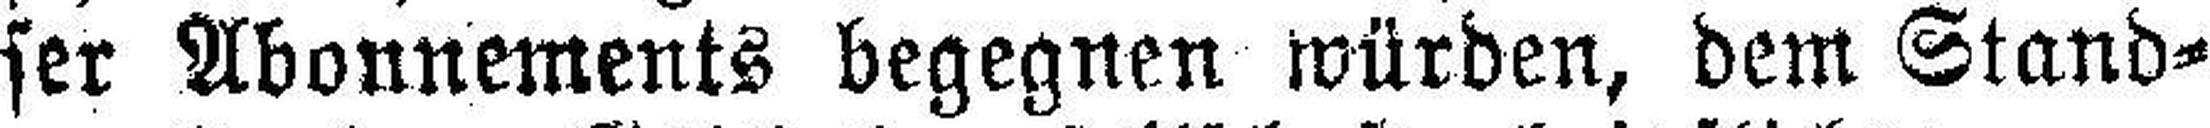
ser Abonnements begegnen würden, dem Stand¬